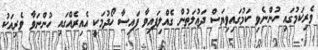
ވެރިކަމުގައި ހުންނެވި ކަމުގައިވިޔަސް ދަޢުލަތުން ގެއްލިފައިވާ ފައިސާ ހޯދުމަކީ އެއިރެއްގައި ހުންނަވާ ވެރިއަކު